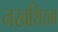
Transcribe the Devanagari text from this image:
नखशिखा